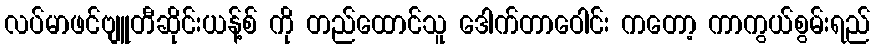
လပ်မာဖင်ဗျူတီဆိုင်းယန့်စ် ကို တည်ထောင်သူ ဒေါက်တာဝေါင်း ကတော့ ကာကွယ်စွမ်းရည်